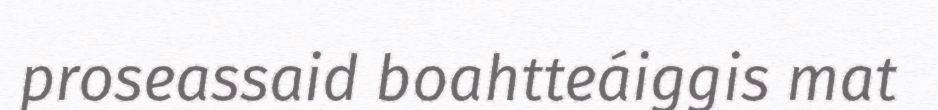
proseassaid boahtteáiggis mat